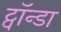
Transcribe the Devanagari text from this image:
ट्वॉन्डा